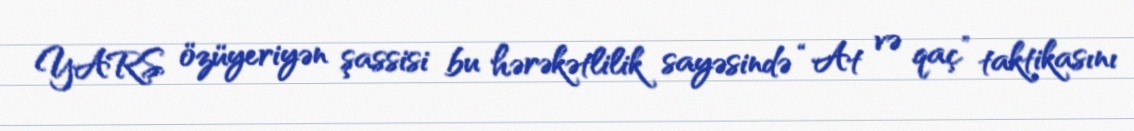
YARS özüyeriyən şassisi bu hərəkətlilik sayəsində “At və qaç” taktikasını